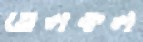
তেলকল